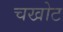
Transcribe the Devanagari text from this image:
चखोट